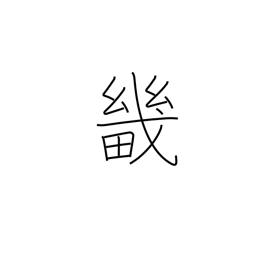
Meaning: capital